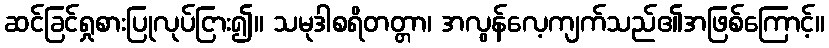
ဆင်ခြင်ရှုစားပြုလုပ်ငြား၍။ သမုဒါစရိတတ္တာ၊ အလွန်လေ့ကျက်သည်၏အဖြစ်ကြောင့်။